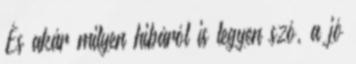
És akár milyen hibáról is legyen szó, a jó